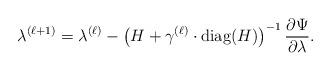
LaTeX: \begin{align*}\lambda^{(\ell+1)} = \lambda^{(\ell)} - \left( H + \gamma^{(\ell)} \cdot \mathrm{diag}(H) \right)^{-1} \frac{\partial \Psi}{\partial \lambda}.\end{align*}